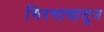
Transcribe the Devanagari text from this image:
गिरगावातून